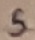
Text: 5